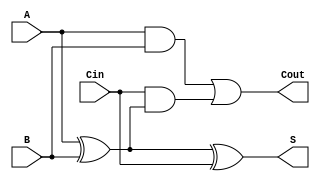
module RippleCarryFullAdder (
    input wire A,      // First binary input
    input wire B,      // Second binary input
    input wire Cin,    // Carry-in input
    output wire S,     // Sum output
    output wire Cout    // Carry-out output
);

// Internal wires for intermediate results
wire A_xor_B;        // Intermediate sum of A and B

// XOR gates for sum calculation
assign A_xor_B = A ^ B; // A  B
assign S = A_xor_B ^ Cin; // S = (A  B)  Cin

// AND gates for carry-out calculation
wire A_and_B;        // A  B
wire Cin_and_A_xor_B; // Cin  (A  B)

assign A_and_B = A & B; // A  B
assign Cin_and_A_xor_B = Cin & A_xor_B; // Cin  (A  B)

// OR gate for final carry-out
assign Cout = A_and_B | Cin_and_A_xor_B; // Cout = (A  B) + (Cin  (A  B))

endmodule